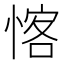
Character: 愘